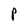
Character: P